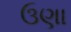
ઉણા